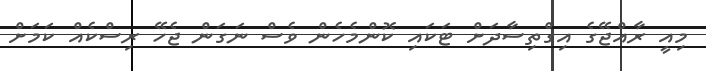
މިއީ ރާއްޖޭގެ އިގްތިސާދަށް ޓަކައި ކޮންމެހެން ވެސް ނަގަން ޖެހޭ ރިސްކެއް ކަމަށް